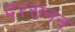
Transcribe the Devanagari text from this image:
दरसनन